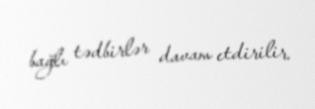
bağlı tədbirlər davam etdirilir.